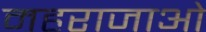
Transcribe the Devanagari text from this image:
महराजाओं